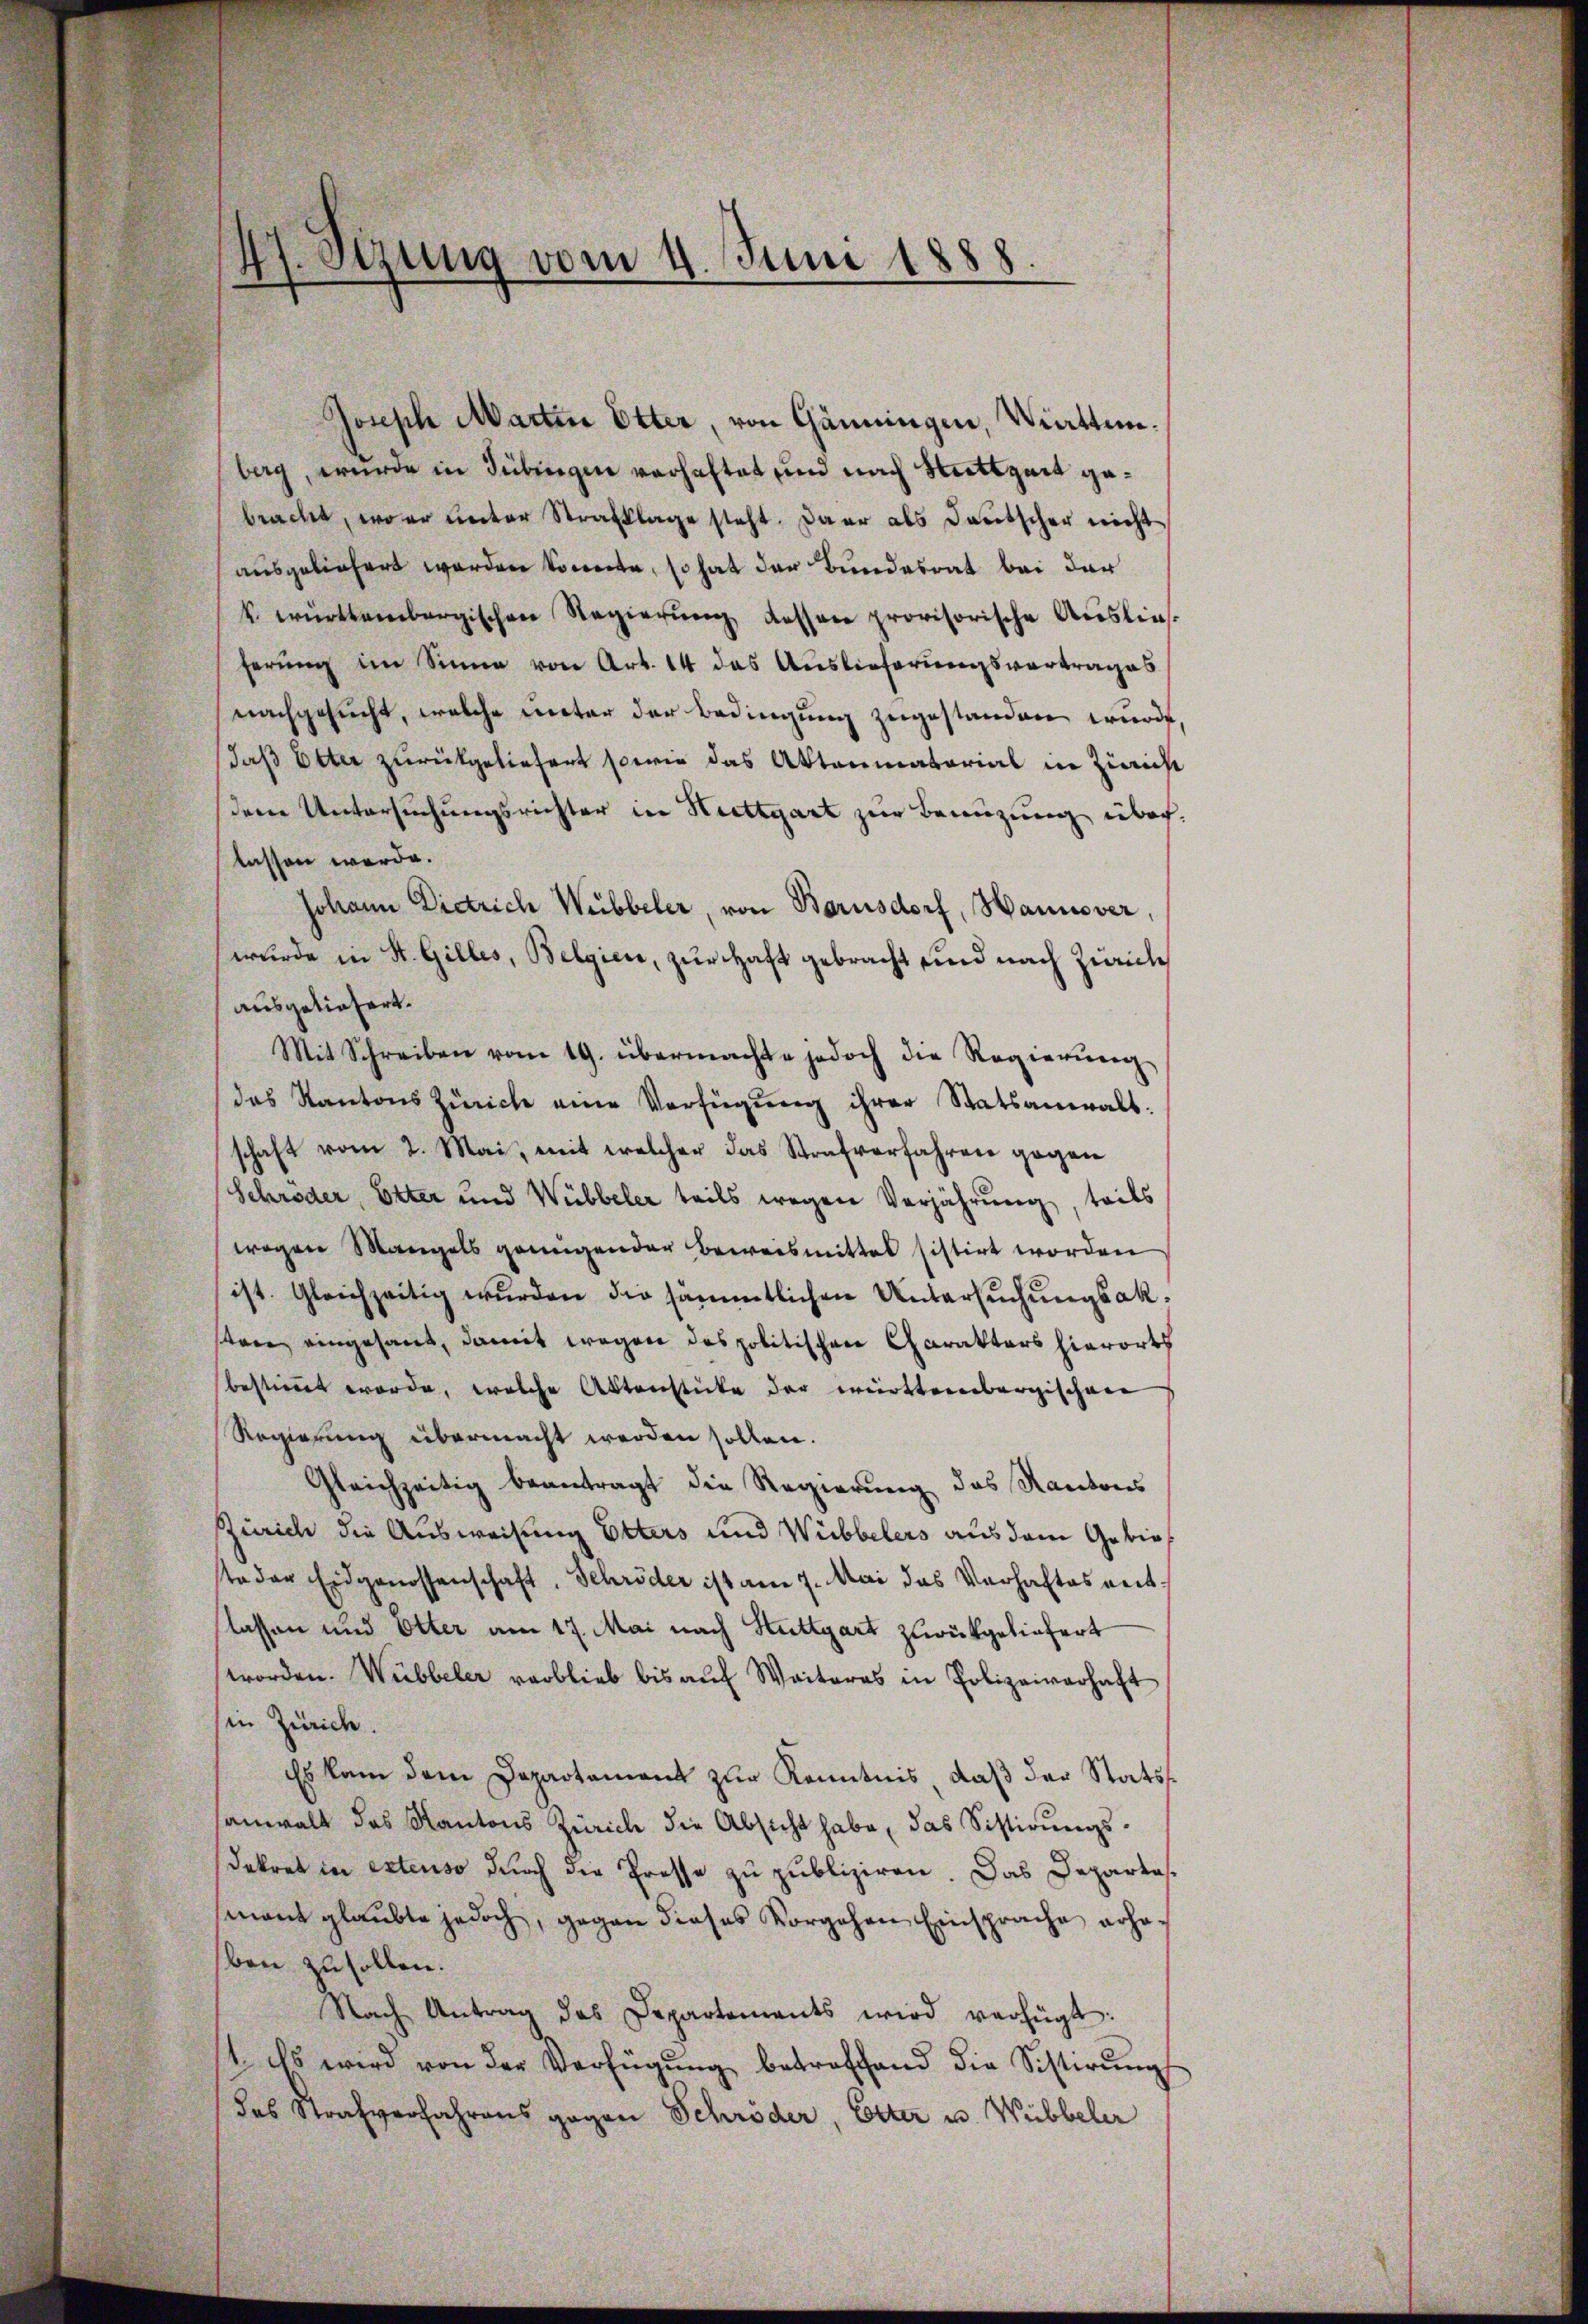
joseph Martin Otter, von Gänningen, Wirttemberg, wurde in Tübingen verhaftet und nach Mittheit gebracht, wo er unter Strafklage steht. Daar als Deutscher nicht
ausgeliefert worden konnte, so hat der Bundesrat bei der
k. württembergischen Regierung dessen provisorische Auslief
herŭng im Sinne von Art. 14 das Auslieferungsvertrages
nachgesucht, welche unter der Bedingung zugestanden wurde,
daß Etter zurückgeliefert sowie das Aktenmatorial in Züricht
dem Untersuchungsrichter in Heettgart zur Benüzung inboch
lassen werde.
Johann Dietrich Webbeler, von Borusdorf, Hannover,
wurde in St. Gilles, Belgien, zur Haft gebracht und nach Zürich
ausgeliefert.
Mit Schreiben vom 19. übermachte jedoch die Regierŭng
das Kantons Zürich eine Verfügŭng ihrer Statsanwalt.
schaft vom 2. Mai, mit welcher das Strafverfahren gegen
Schröder, Etter und Wübbeler teils wegen Verjährung, teils
wegen Mangels genügender Beweismittel sistirt worden
ist. Gleichzeitig wurden die sämmtlichen Untersuchungsaksten eingesant, damit wegen das politischen Charakters hierorts
bestimmt worde, welche Aktenstücke der württembergischen
Regierung übermacht werden sollen.
Gleichzeitig beantragt die Regierung das Kantons
Zürich die Ausweisung Etters und Wiebbelers aus dem Gebie
teder Eidgenossenschaft. Schröder ist am 7. Mai das Verhaltes weit
lassen und Etter am 17. Mai nach Stuttgart zurückgeliefert
worden. Wübbeler verblieb bis auf Weiteres in Polizeiverhaft
sin Zürich.
Es kam dem Departament zur Kenntnis, daß der Stats
sanwalt das Kantons Zürich die Absicht habe, das Sistirŭngs-
Dekret in extenso durch die Presse zu publiziren. Das Departes
mant glaubte jedoch, gegen dieses Vorgehen Einsprache erha
ben zu sollen.
Nach Antrag des Departements wird verfügt:
st. Es wird von der Verfügung betreffend die Sistirung
das Strafverfahrens gegen Schröder, Elter u. Webbeler

47. Sezung vom 4. Juni 1888.